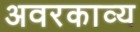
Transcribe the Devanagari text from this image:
अवरकाव्य